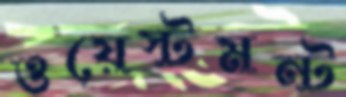
ওয়েস্টমন্ট